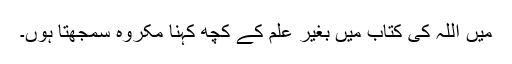
میں اللہ کی کتاب میں بغیر علم کے کچھ کہنا مکروہ سمجھتا ہوں۔